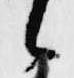
候